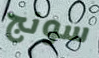
سونج